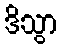
ဒိသွာ